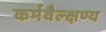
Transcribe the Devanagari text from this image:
कर्मवैल्क्षण्य